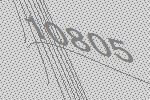
10805